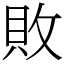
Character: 敗